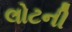
લોટની